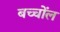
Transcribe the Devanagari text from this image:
बच्चोंल